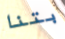
بتنا